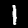
Label: 1